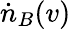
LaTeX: \dot{n}_{B}(v)